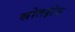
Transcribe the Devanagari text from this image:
स्रोतक्षेत्र